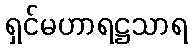
ရှင်မဟာရဋ္ဌသာရ